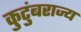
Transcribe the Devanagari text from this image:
कुटुंबराज्य